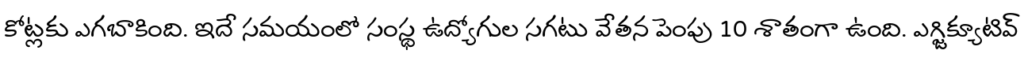
కోట్లకు ఎగబాకింది. ఇదే సమయంలో సంస్థ ఉద్యోగుల సగటు వేతన పెంపు 10 శాతంగా ఉంది. ఎగ్జిక్యూటివ్